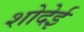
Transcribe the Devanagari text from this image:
शोदेई